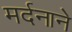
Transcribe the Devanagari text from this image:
मर्दनाने